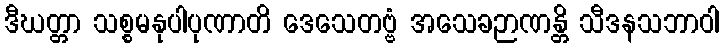
ဒီဃတ္တာ သစ္စမနုပါပုဏာတိ ဒေသေတဗ္ဗံ အသေခဉာဏန္တိ သီဒနသဘာဝါ